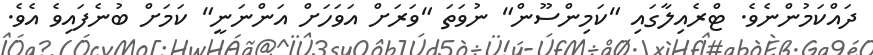
ދައްކަމުންނެވެ. ޓްރެއިލާގައި "ކަމިންސޫން" ނުވަތަ "ވަރަށް އަވަހަށް އަންނަނީ" ކަމަށް ބުނެފައިވެ އެވެ.